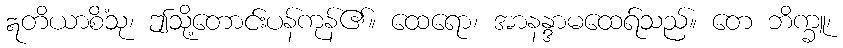
ဣတိယာစိံသု၊ ဤသို့တောင်းပန်ကုန်၏။ ထေရော၊ အာနန္ဒာမထေရ်သည်။ တေ ဘိက္ခူ၊